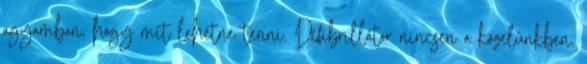
agyamban, hogy mit lehetne tenni. Defibrillátor nincsen a közelünkben,